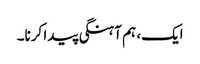
ایک، ہم آہنگی پیدا کرنا۔